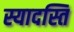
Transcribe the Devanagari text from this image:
स्यादस्ति